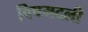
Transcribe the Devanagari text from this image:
विषमदली